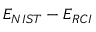
E _ { N I S T } - E _ { R C I }